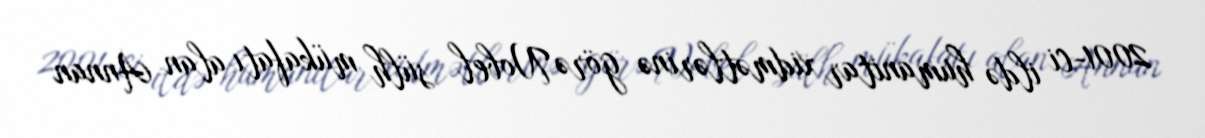
2001-ci ildə humanitar xidmətlərinə görə Nobel sülh mükafatı alan Annan